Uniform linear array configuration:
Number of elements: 24
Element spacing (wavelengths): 0.75
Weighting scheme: exponential
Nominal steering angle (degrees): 0
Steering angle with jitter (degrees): -0.5052
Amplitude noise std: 0.05
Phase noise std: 0.05

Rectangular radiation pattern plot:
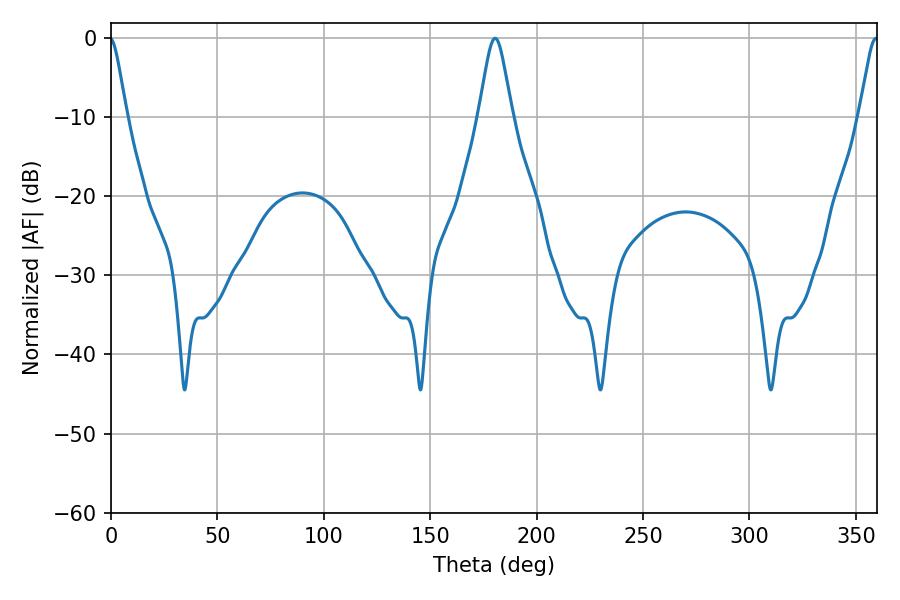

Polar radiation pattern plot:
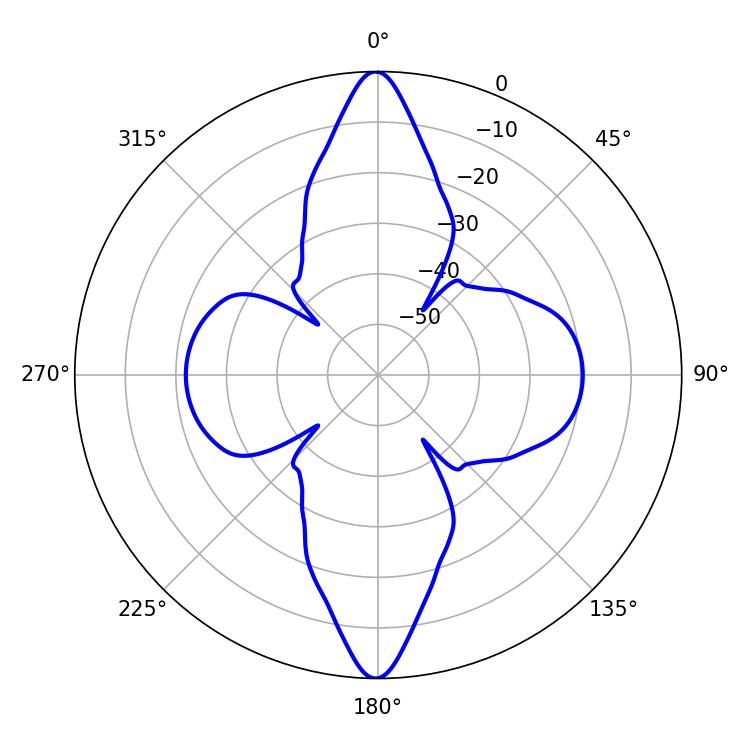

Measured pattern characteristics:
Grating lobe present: TRUE
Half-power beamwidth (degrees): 7.56
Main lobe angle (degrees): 180.54